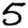
Digit: 5